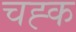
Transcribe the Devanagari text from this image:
चह्क